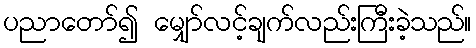
ပညာတော်၍ မျှော်လင့်ချက်လည်းကြီးခဲ့သည်။